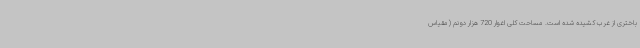
باختری از غرب کشیده شده است. مساحت کلی اغوار 720 هزار دونم (مقیاس